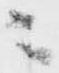
ニ